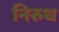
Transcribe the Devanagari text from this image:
निरुध